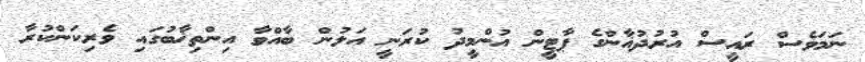
ނަމަވެސް ރައީސް އުރުދުޣާންގެ ޕާޓީން އުންމީދު ކުރަނީ އަލުން ބާއްވާ އިންތިޚާބުގައި ވެރިކަންކުރާ